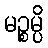
မဉ္စမ္ပိ